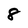
Character: 8